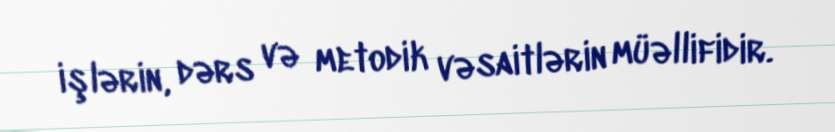
işlərin, dərs və metodik vəsaitlərin müəllifidir.